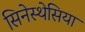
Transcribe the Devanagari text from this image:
सिनेस्थेसिया